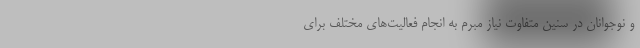
و نوجوانان در سنین متفاوت نیاز مبرم به انجام فعالیت‌های مختلف برای